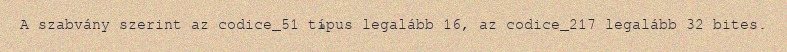
A szabvány szerint az codice_51 típus legalább 16, az codice_217 legalább 32 bites.